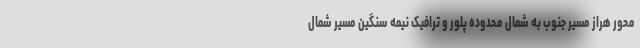
محور هراز مسیر جنوب به شمال محدوده پلور و ترافیک نیمه سنگین مسیر شمال